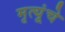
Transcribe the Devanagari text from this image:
मृत्यूंचे